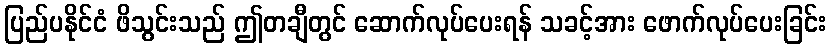
ပြည်ပနိုင်ငံ ဖိသွင်းသည် ဤတချီတွင် ဆောက်လုပ်ပေးရန် သခင့်အား ဖောက်လုပ်ပေးခြင်း